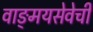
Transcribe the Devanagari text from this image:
वाङ्‌मयसेवेची